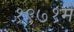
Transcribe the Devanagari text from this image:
१९७१में